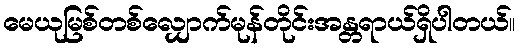
မေယုမြစ်တစ်လျှောက်မုန်တိုင်းအန္တရာယ်ရှိပါတယ်။